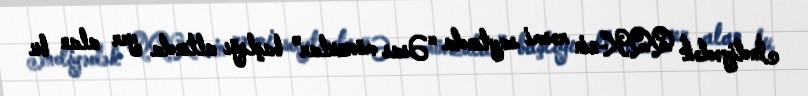
İndiyədək QQK-nin rəsmi saytında “Əsas mövzular” başlığı altında yer alan bu